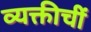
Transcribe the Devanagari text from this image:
व्यक्तीचीं